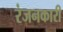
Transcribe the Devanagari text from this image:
रंजनकारी